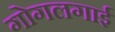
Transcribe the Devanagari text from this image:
गोगलगाई